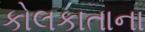
કોલકાતાના